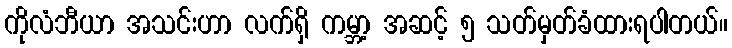
ကိုလံဘီယာ အသင်းဟာ လက်ရှိ ကမ္ဘာ့ အဆင့် ၅ သတ်မှတ်ခံထားရပါတယ်။